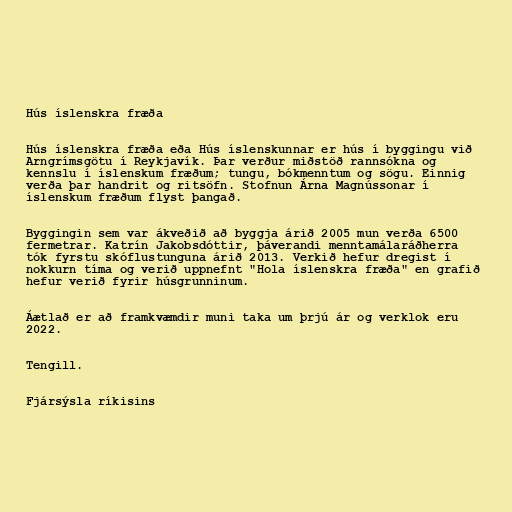
Hús íslenskra fræða

Hús íslenskra fræða eða Hús íslenskunnar er hús í byggingu við
Arngrímsgötu í Reykjavík. Þar verður miðstöð rannsókna og
kennslu í íslenskum fræðum; tungu, bókmenntum og sögu. Einnig
verða þar handrit og ritsöfn. Stofnun Árna Magnússonar í
íslenskum fræðum flyst þangað.

Byggingin sem var ákveðið að byggja árið 2005 mun verða 6500
fermetrar. Katrín Jakobsdóttir, þáverandi menntamálaráðherra
tók fyrstu skóflustunguna árið 2013. Verkið hefur dregist í
nokkurn tíma og verið uppnefnt "Hola íslenskra fræða" en grafið
hefur verið fyrir húsgrunninum.

Áætlað er að framkvæmdir muni taka um þrjú ár og verklok eru
2022.

Tengill.

Fjársýsla ríkisins